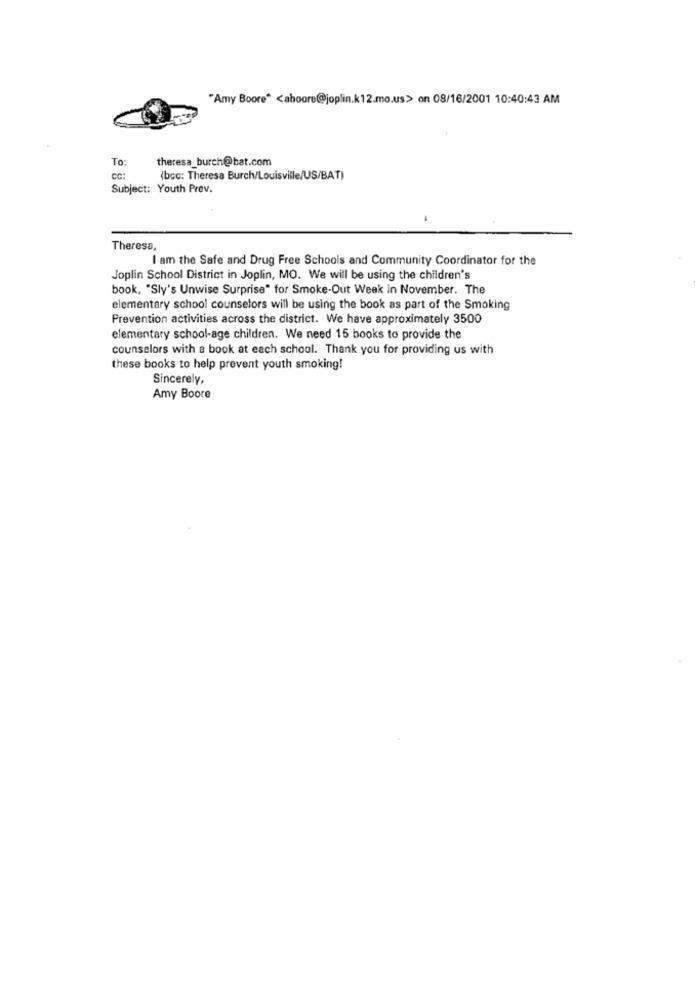
"Amy Boore" <aboore@joplin.k12.mo.us> on 08/16/2001 10:40:43 AM
To:
theresa_burch@bat.com
CC:
(bcc: Theresa Burch/Louisville/US/BAT)
Subject: Youth Prev.
Theresa,
I am the Safe and Drug Free Schools and Community Coordinator for the
Joplin School District in Joplin, MO. We will be using the children's
book, "Sly's Unwise Surprise" for Smoke-Out Week in November. The
elementary school counselors will be using the book as part of the Smoking
Prevention activities across the district. We have approximately 3500
elementary school-age children. We need 15 books to provide the
counselors with a book at each school. Thank you for providing us with
these books to help prevent youth smoking!
Sincerely,
Amy Boore